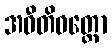
အဝီတိဝတ္တော